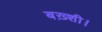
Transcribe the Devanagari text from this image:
बख़्शी।